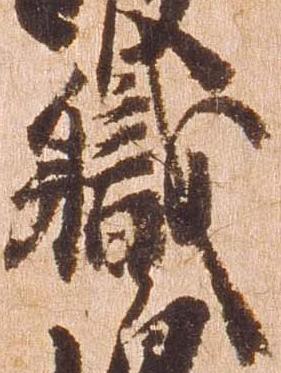
職